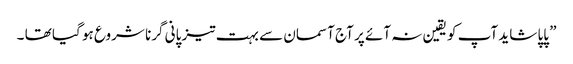
” پاپا شاید آپ کو یقین نہ آئے پر آج آسمان سے بہت تیز پانی گرنا شروع ہو گیا تھا ۔